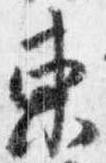
東